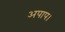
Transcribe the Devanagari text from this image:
अपाप।